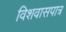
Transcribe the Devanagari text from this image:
विशवासपात्र